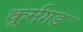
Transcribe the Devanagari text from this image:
कूर्मगड